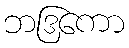
ဘဒြကော